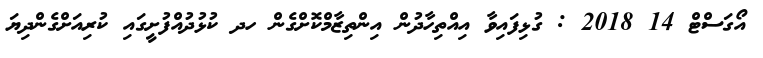
އޯގަސްޓް 14 2018 : ގުޅިފައިވާ އިއްތިހާދުން އިންތިޒާމްކޮށްގެން ހދ ކުޅުދުއްފުށީގައި ކުރިއަށްގެންދިޔަ